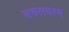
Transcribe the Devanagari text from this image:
सचराचरम्